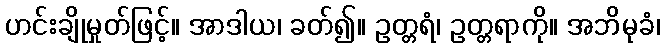
ဟင်းချိုမှုတ်ဖြင့်။ အာဒါယ၊ ခတ်၍။ ဥတ္တရံ၊ ဥတ္တရာကို။ အဘိမုခံ၊